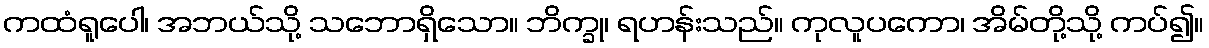
ကထံရူပေါ၊ အဘယ်သို့ သဘောရှိသော။ ဘိက္ခု၊ ရဟန်းသည်။ ကုလူပကော၊ အိမ်တို့သို့ ကပ်၍။